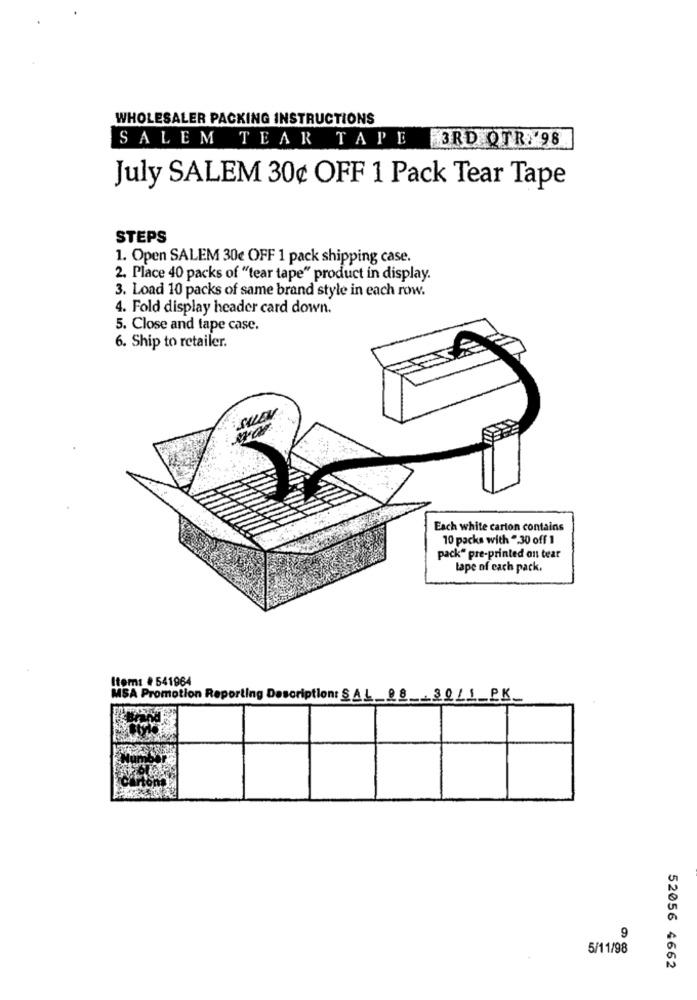
WHOLESALER PACKING INSTRUCTIONS
SALEM TEAR TAPE
3RD QTR 98
July SALEM 30¢ OFF 1 Pack Tear Tape
STEPS
1. Open SALEM 30€ OFF 1 pack shipping case.
2. Place 40 packs of "tear tape" product in display.
3. Load 10 packs of same brand style in each row.
4. Fold display header card down.
5. Close and tape case.
6. Ship to retailer.
Each white carton contains
10 packs with ".30 off 1
pack" pre-printed on tear
lape of each pack.
Item: # 541964
MSA Promotion Reporting Description:
08 .3011_PK_
9
5/11/98
52056 4662